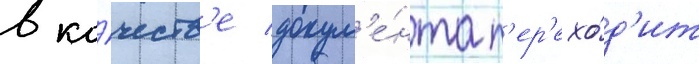
в ка́честв'е докум'е́нта п'ер'ехо́д'ит